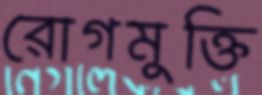
রোগমুক্তি